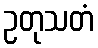
ဥတုသတံ